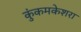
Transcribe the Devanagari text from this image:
कुंकमकेशरा